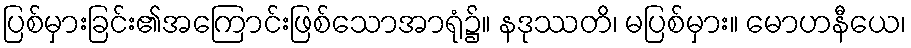
ပြစ်မှားခြင်း၏အကြောင်းဖြစ်သောအာရုံ၌။ နဒုဿတိ၊ မပြစ်မှား။ မောဟနီယေ၊